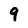
Character: 9